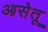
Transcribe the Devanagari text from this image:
आसेतू